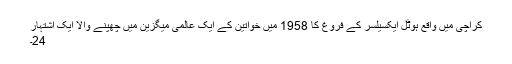
کراچی میں واقع ہوٹل ایکسیلسر کے فروغ کا 1958 میں خواتین کے ایک عالمی میگزین میں چھپنے والا ایک اشتہار
24۔